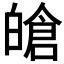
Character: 𤾙